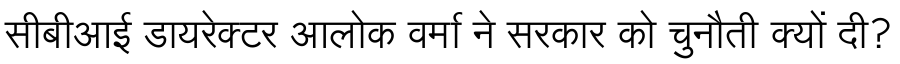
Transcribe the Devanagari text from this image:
सीबीआई डायरेक्टर आलोक वर्मा ने सरकार को चुनौती क्यों दी?